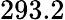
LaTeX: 293.2